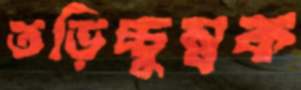
তড়িচ্চুম্বক